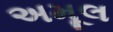
અમૂલ